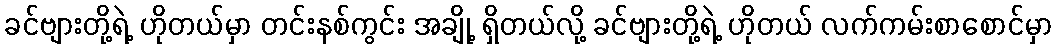
ခင်ဗျားတို့ရဲ့ ဟိုတယ်မှာ တင်းနစ်ကွင်း အချို့ ရှိတယ်လို့ ခင်ဗျားတို့ရဲ့ ဟိုတယ် လက်ကမ်းစာစောင်မှာ